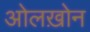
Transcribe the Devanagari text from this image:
ओलख़ोन